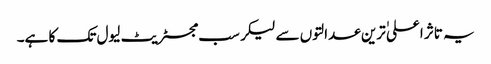
یہ تاثر اعلی ٰترین عدالتوں سے لیکر سب مجسٹریٹ لیول تک کا ہے۔